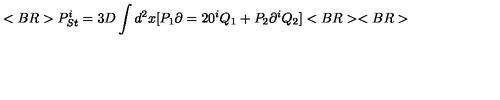
< B R > P _ { S t } ^ { i } = 3 D \int d ^ { 2 } x [ P _ { 1 } \partial = 2 0 ^ { i } Q _ { 1 } + P _ { 2 } \partial ^ { i } Q _ { 2 } ] < B R > < B R >